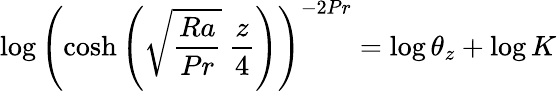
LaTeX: \log{\left(\cosh{\left(\sqrt{\frac{Ra}{Pr}}\ \frac{z}{4}\right)}\right)^{-2Pr}}=\log{\theta_{z}}+\log K